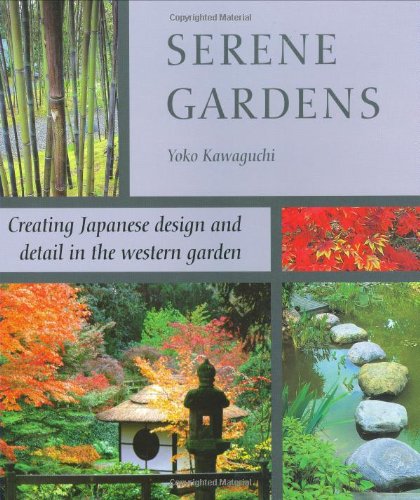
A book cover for Serene Gardens: Creating Japanese Design and Detail in the Western Garden; Yoko Kawaguchi; Crafts, Hobbies & Home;